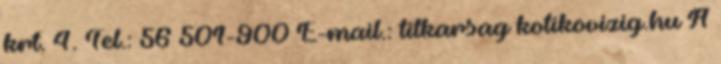
krt. 4. Tel.: 56 501-900 E-mail.: titkarsag kotikovizig.hu A